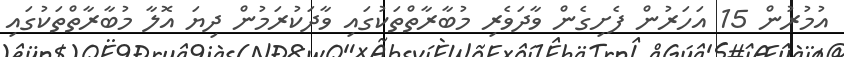
އުމުރުން 15 އަހަރުން ފެށިގެން ވާދަވެރި މުބާރާތްތަކުގައި ވާދަކުރަމުން ދިޔަ އޮލާ މުބާރާތްތަކުގައި